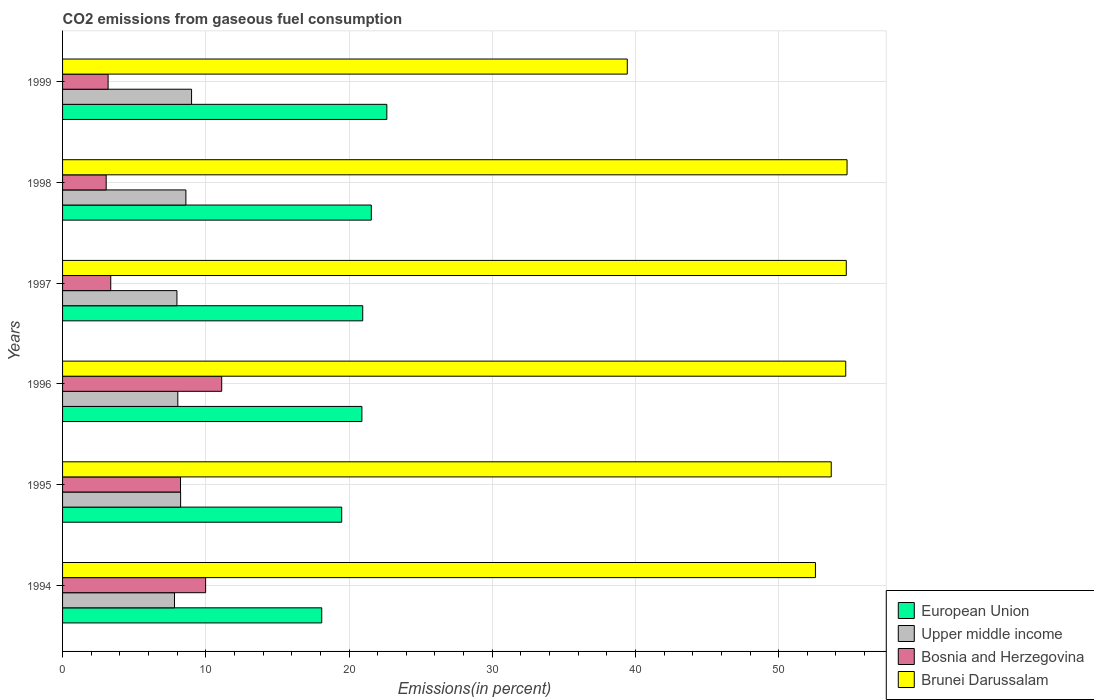
| Years | European Union | Upper middle income | Bosnia and Herzegovina | Brunei Darussalam |
 | --- | --- | --- | --- | --- |
 | 1994 | 18.1 | 7.81 | 9.99 | 52.6 |
 | 1995 | 19.5 | 8.24 | 8.24 | 53.7 |
 | 1996 | 20.9 | 8.05 | 11.1 | 54.7 |
 | 1997 | 21 | 7.99 | 3.36 | 54.7 |
 | 1998 | 21.6 | 8.61 | 3.05 | 54.8 |
 | 1999 | 22.6 | 9.01 | 3.18 | 39.4 |